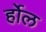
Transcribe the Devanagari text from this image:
र्होल